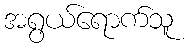
အရွယ်ရောက်သူ